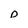
Character: o